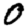
Digit: 0